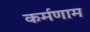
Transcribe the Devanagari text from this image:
कर्मणाम